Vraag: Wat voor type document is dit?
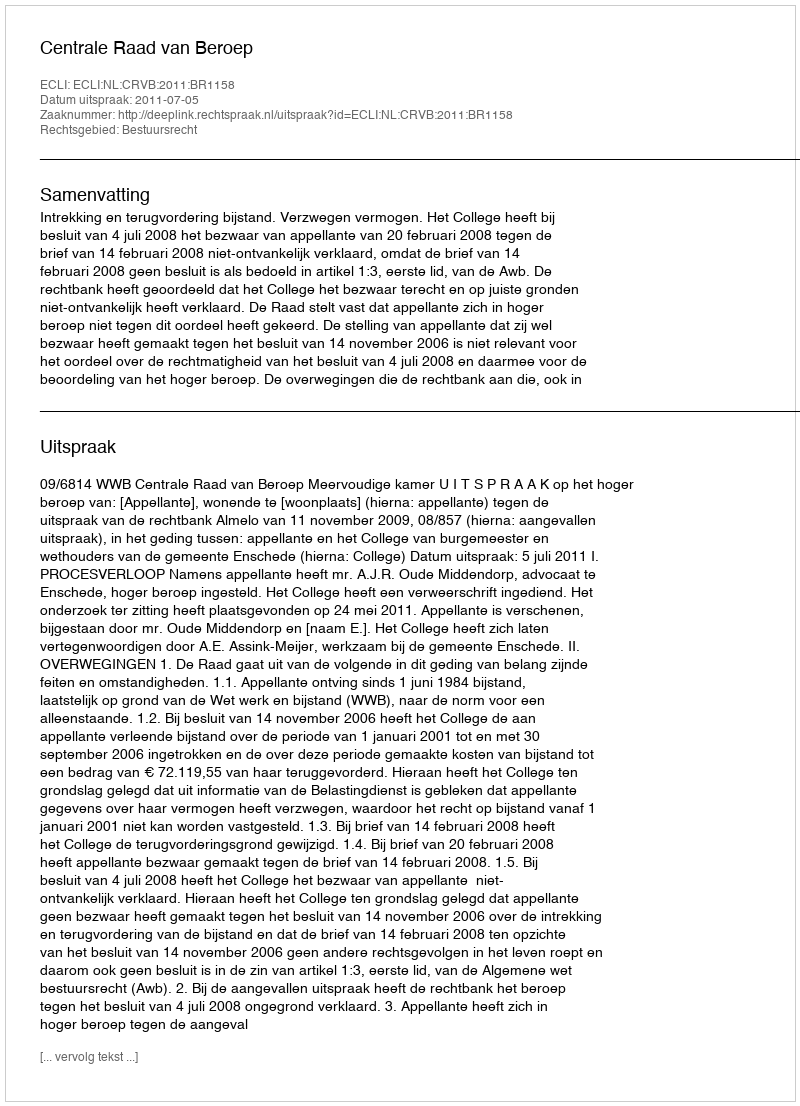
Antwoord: Uitspraak